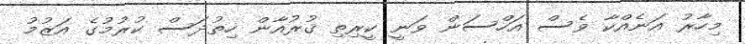
މިހާރު އަނެއްކާ ވެސް އަހްސަން ވަނީ ކީރިތި ޤުރުއާން ހިތުދަސް ކުރުމުގެ އަޒުމު